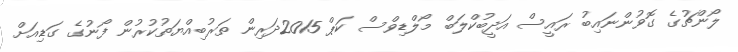
ލޯންޗުގެ ގޮވުންނައިބު ރައީސް އަދީބުކްލަބް މޯލްޑިވްސް ކަޕް 2015ދަރިން ތަރުބިއްޔަތުކުރުން ފޯނުގެ ގަޑިއަށް